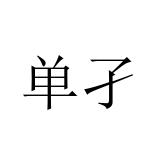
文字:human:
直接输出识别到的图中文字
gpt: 单孑